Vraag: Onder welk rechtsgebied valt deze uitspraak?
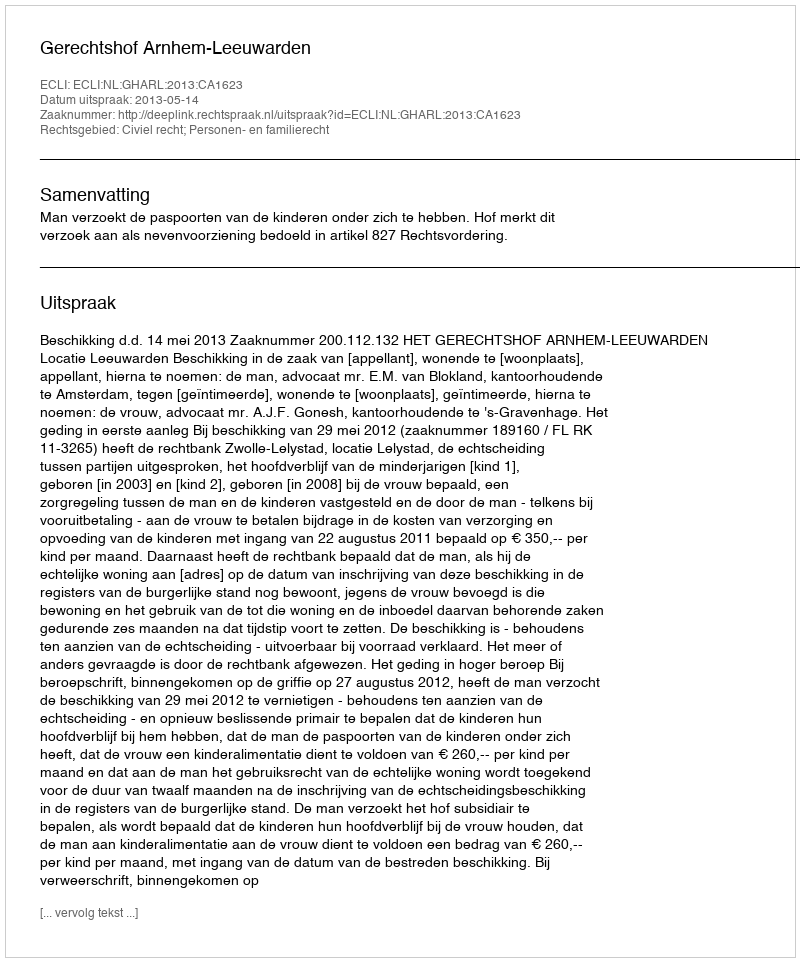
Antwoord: Civiel recht; Personen- en familierecht